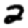
Digit: 2